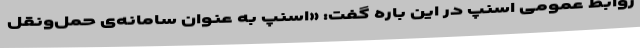
روابط عمومی اسنپ در این باره گفت: «اسنپ به عنوان سامانه‌ی حمل‌و‌نقل